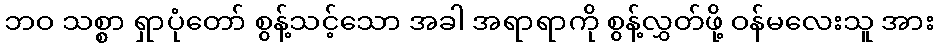
ဘဝ သစ္စာ ရှာပုံတော် စွန့်သင့်သော အခါ အရာရာကို စွန့်လွှတ်ဖို့ ဝန်မလေးသူ အား